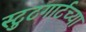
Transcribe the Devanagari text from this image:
स्टुटगार्टच्या